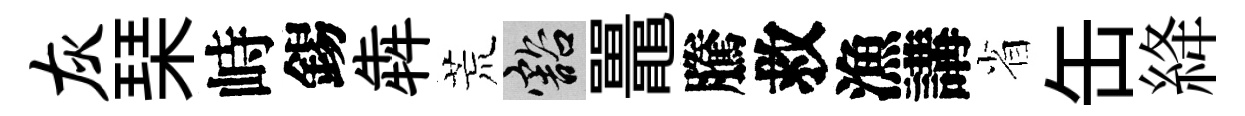
灰琹峙錫犇荒豁鼉騰救漁講省缶絳